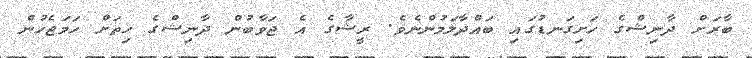
ބާރަށް ދާނިޝްގެ ހަށިގަނޑުގައި ބައްދާލަމުންނެވެ. ރީޝާގެ އެ ޖަވާބުން ދާނިޝްގެ ހިތަށް ހަމަޖެހުން